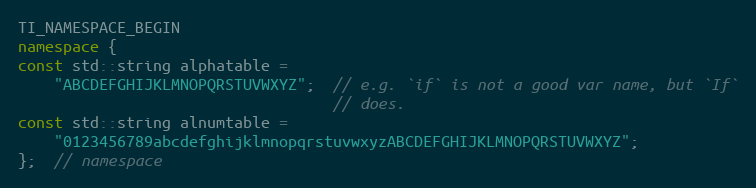
Language: C++
TI_NAMESPACE_BEGIN
namespace {
const std::string alphatable =
    "ABCDEFGHIJKLMNOPQRSTUVWXYZ";  // e.g. `if` is not a good var name, but `If`
                                   // does.
const std::string alnumtable =
    "0123456789abcdefghijklmnopqrstuvwxyzABCDEFGHIJKLMNOPQRSTUVWXYZ";
};  // namespace